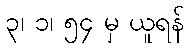
၃၊ ၁၊ ၅၄ မှ ယူရန်